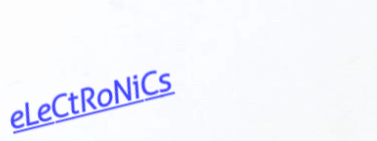
eLeCtRoNiCs